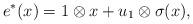
LaTeX: \begin{align*}e^{*}(x)=1 \otimes x+ u_1 \otimes \sigma(x), \end{align*}